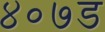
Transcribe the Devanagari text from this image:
४०७ड